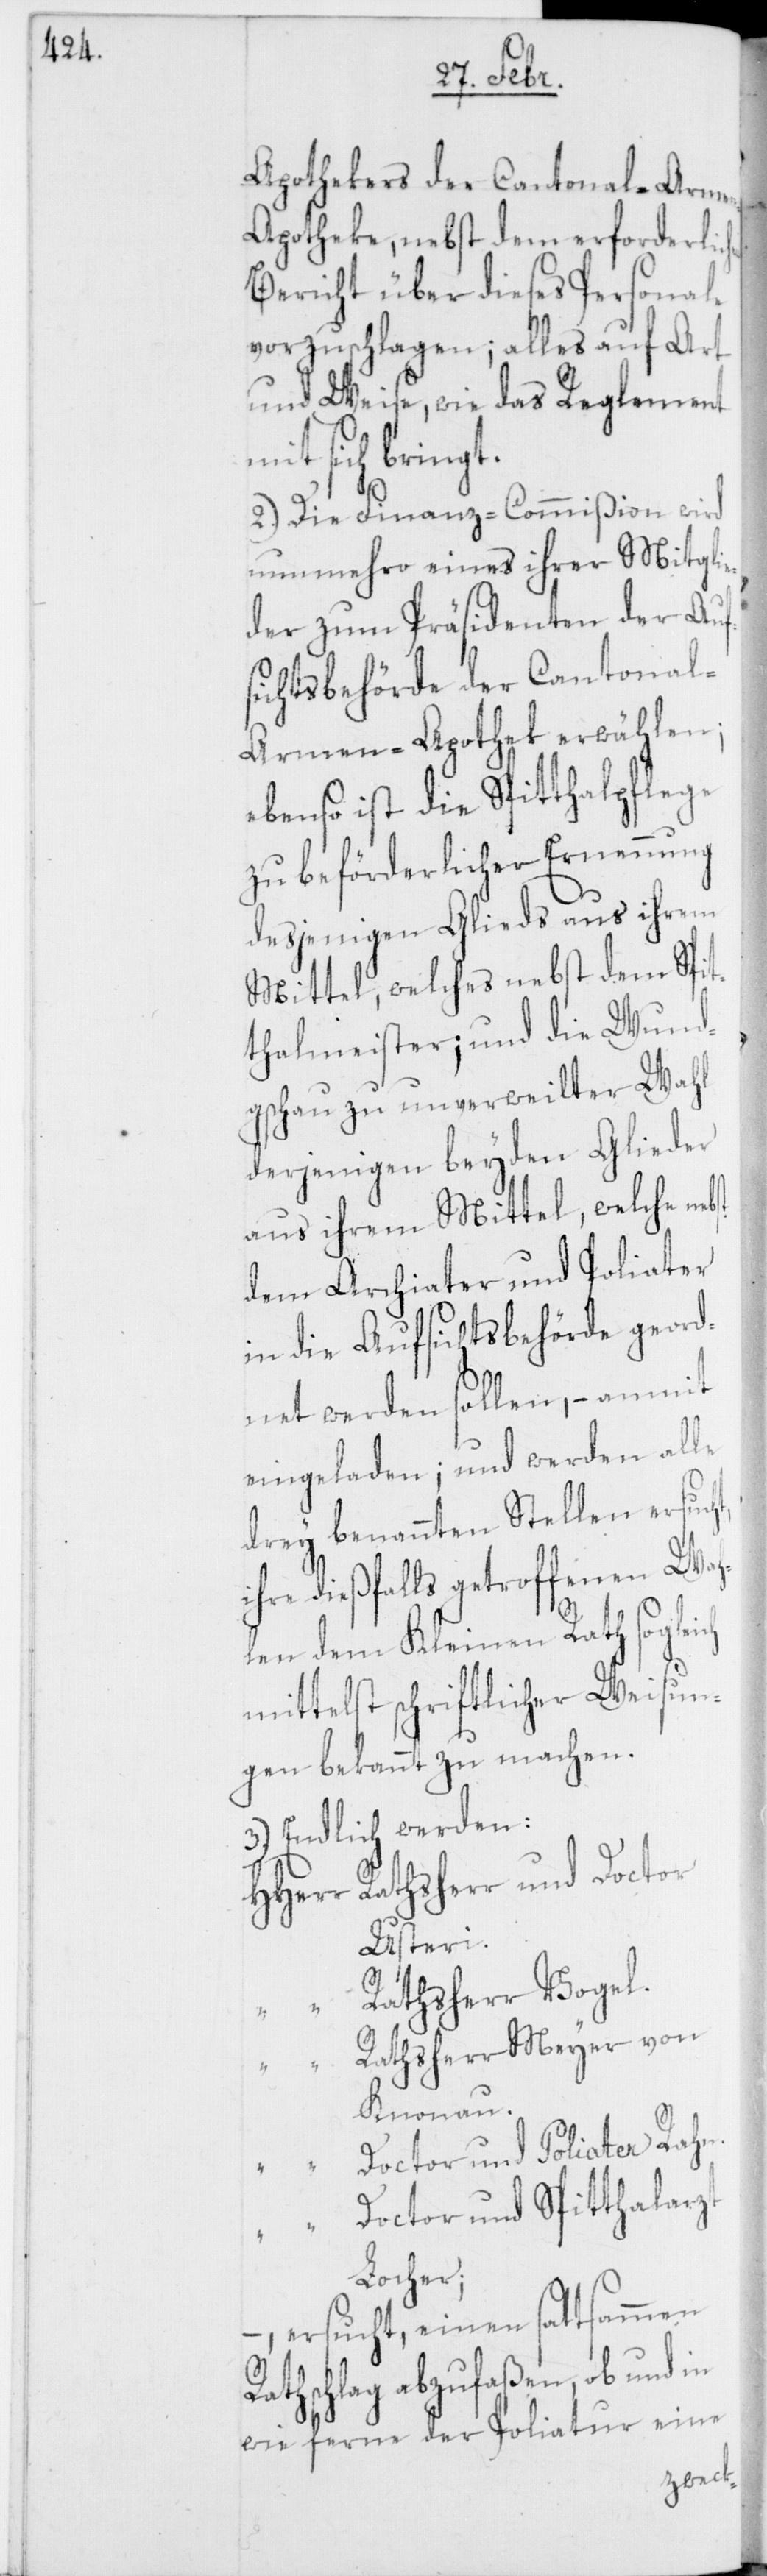
ich
Apothekers der Cantonal-Arme¬
n-Apotheke, nebst dem erforderli¬
Bericht über dieses Personale
vorzuschlagen; alles auf Art
und Weise, wie das Reglement
sich bringt.
2.) Die Finanz-Commißion wird
nunmehro eines ihrer Mitglie¬
der zum Präsidenten der Auf¬
sichtsbehörde der Cantonal-A¬
rmen-Apothek erwählen;
ebenso ist die Spitthalpflege
zu beförderlicher Ernennung
desjenigen Glieds aus ihrem
Mittel, welches nebst dem Spit¬
thalmeister; und die Wund¬
gschau zu unverweilter Wahl
derjenigen beyden Glieder
aus ihrem Mittel, welche nebst
dem Archiater und Poliater
in die Aufsichtsbehörde geord¬
net werden sollen, – anmit
eingeladen; und werden alle
drey benannten Stellen ersuc¬
ihre dießfalls getroffenen Wah¬
len dem Kleinen Rath sogle¬
mittelst schriftlicher Weisun¬
gen bekannt zu machen.
3.) Endlich werden:
HHerr Rathsherr und Doctor
Usteri.
“ Ratsherr Vogel.
“
Ratsherr Meyer von
Knonau.
Doctor und Poliater Rahn.
Doctor und Spitthalarzt
Locher;
– ersucht, einen sattsammen
Rathschlag abzufaßen, ob und
wie ferne der Poliatur eine